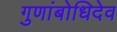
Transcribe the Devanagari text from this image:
गुणांबोधिदेव